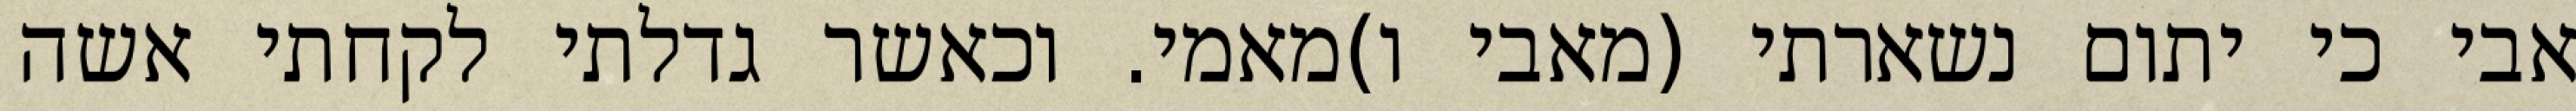
אבי כי יתום נשארתי (מאבי ו)מאמי. וכאשר גדלתי לקחתי אשה